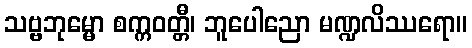
သဗ္ဗဘုမ္မော စက္ကဝတ္တီ၊ ဘူပေါညော မဏ္ဍလိဿရော။